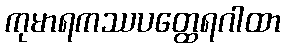
ကုမာရကဿပတ္ထေရဂါထာ